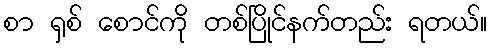
စာ ရှစ် စောင်ကို တစ်ပြိုင်နက်တည်း ရတယ်။